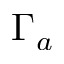
\Gamma _ { a }